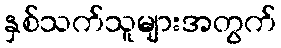
နှစ်သက်သူများအတွက်